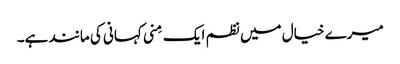
میرے خیال میں نظم ایک مِنی کہانی کی مانند ہے۔